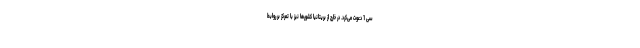
سی 1 دعوت می‌کرد. در خارج از بریتانیا کشورها نیز با تمرکز بر روابط